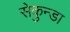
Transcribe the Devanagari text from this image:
सेकुन्डा